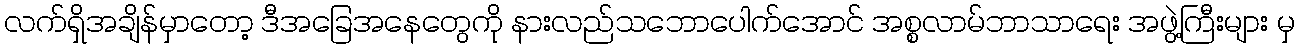
လက်ရှိအချိန်မှာတော့ ဒီအခြေအနေတွေကို နားလည်သဘောပေါက်အောင် အစ္စလာမ်ဘာသာရေး အဖွဲ့ကြီးများ မှ